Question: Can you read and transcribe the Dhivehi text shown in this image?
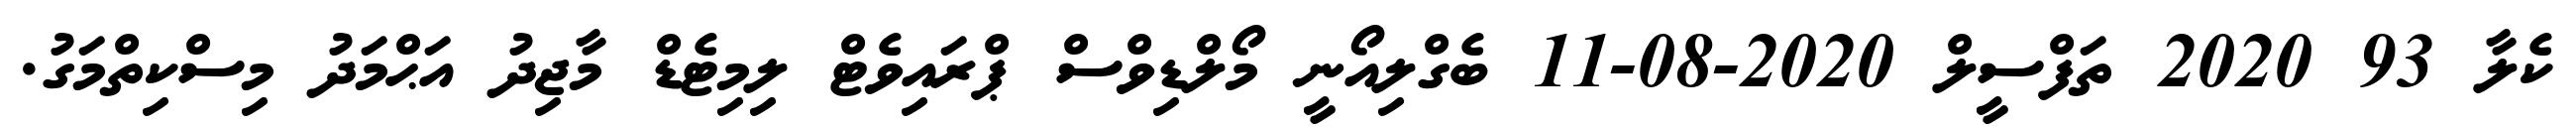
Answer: ކެލާ 93 2020 ތަފްސީލް 2020-08-11 ބެގްލިއޯނީ މޯލްޑިވްސް ޕްރައިވެޓް ލިމިޓެޑް މާޖިދު އަޙްމަދު މިސްކިތްމަގު.